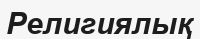
Религиялық